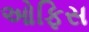
ઓફિસ